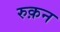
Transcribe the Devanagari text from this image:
रुक़न